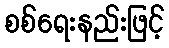
စစ်ရေးနည်းဖြင့်